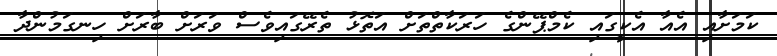
ކަމަށާއި އެއާ އެކީގައި ކެމްޕޭންގެ ހަރަކާތްތަށް އަތޮޅު ތެރޭގައިވެސް ވަރަށް ބާރަށް ހިނގަމުންދާ